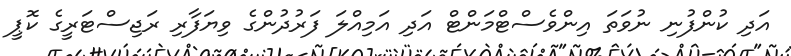
އަދި ކުންފުނި ނުވަތަ އިންވެސްޓްމަންޓް އަދި އަމިއްލަ ފަރުދުންގެ ވިޔަފާރި ރަޖިސްޓަރީގެ ކޮޕީ